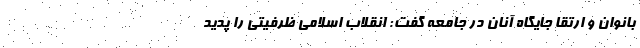
بانوان و ارتقا جایگاه آنان در جامعه گفت: انقلاب اسلامی ظرفیتی را پدید